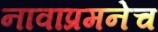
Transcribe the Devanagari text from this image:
नावाप्रमनेच